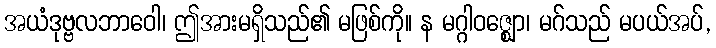
အယံဒုဗ္ဗလဘာဝေါ၊ ဤအားမရှိသည်၏ မဖြစ်ကို။ န မဂ္ဂါဝဇ္ဈော၊ မဂ်သည် မပယ်အပ်,